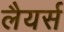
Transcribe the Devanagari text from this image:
लैयर्स